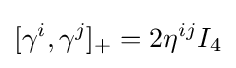
[\gamma ^{i},\gamma ^{j}]_{+}=2\eta ^{ij}I_{4}